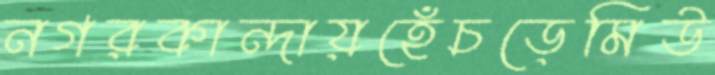
নগরকান্দায়হেঁচড়েমিউ